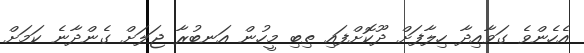
އެހެންވެ ގަވާއިދާ ހިލާފަށް ދޫކޮށްފައި ތިބި މީހުން އަނބުރާ ޖަލަށް ގެންދާނެ ކަމަށް